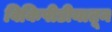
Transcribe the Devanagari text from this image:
विकिपीडीयातून